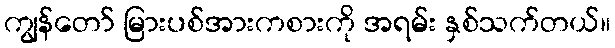
ကျွန်တော် မြားပစ်အားကစားကို အရမ်း နှစ်သက်တယ်။